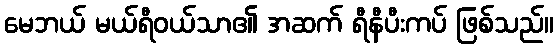
မေဘယ် မယ်ရီဝယ်သာ၏ အဆက် ရီနီပီးကပ် ဖြစ်သည်။